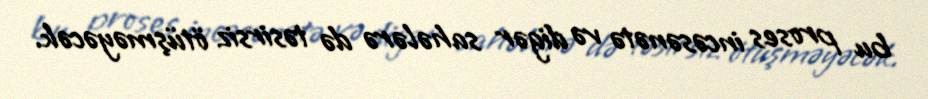
bu proses incəsənətə və digər sahələrə də təsirsiz ötüşməyəcək.